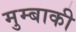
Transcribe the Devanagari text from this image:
मुम्बाकी